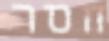
חסר